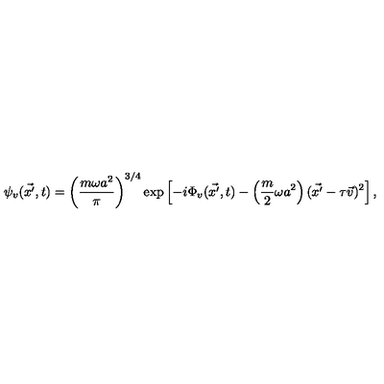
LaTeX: \psi _ { v } ( \vec { x ^ { \prime } } , t ) = \left( \frac { m \omega a ^ { 2 } } { \pi } \right) ^ { 3 / 4 } \exp \left[ - i \Phi _ { v } ( \vec { x ^ { \prime } } , t ) - \left( \frac { m } { 2 } \omega a ^ { 2 } \right) ( \vec { x ^ { \prime } } - \tau \vec { v } ) ^ { 2 } \right] ,